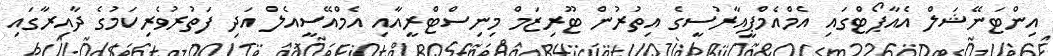
އިންޓަނޭޝަލް އެއާޕޯޓްގައި އެމްއެމްޕީއާރުސީގެ އިތުރުން ޓޫރިޒަމް މިނިސްޓްރީއާއި އެމްއޭސީއެލް އަދި ފަތުރުވެރިކަމުގެ ދާއިރާގައި